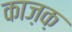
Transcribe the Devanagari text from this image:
काज़क़